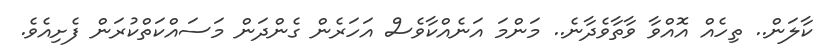
ކާލަން.. ތިހެއް އޮއްވާ ވާތާވެދާނެ.. މަންމަ އަނެއްކާވެސް އަހަރެން ގެންދަން މަސައްކަތްކުރަން ފެށިއެވެ.